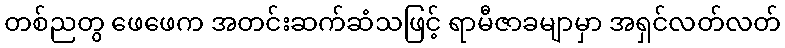
တစ်ညတွ ဖေဖေက အတင်းဆက်ဆံသဖြင့် ရာမီဇာခမျာမှာ အရှင်လတ်လတ်